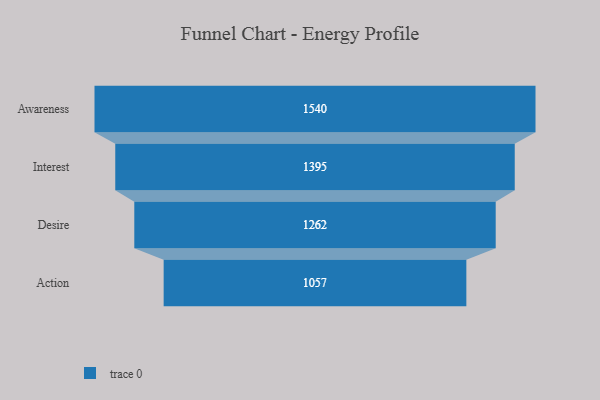
{"axis": {"x": "Stage", "y": "Value"}, "legend": [""], "data": [{"x": "Awareness", "y": 1540.0, "type": ""}, {"x": "Interest", "y": 1395.0, "type": ""}, {"x": "Desire", "y": 1262.0, "type": ""}, {"x": "Action", "y": 1057.0, "type": ""}]}